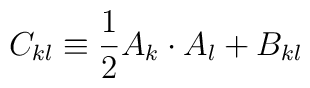
C_{kl} \equiv {1\over 2} A_k\cdot A_l+B_{kl}